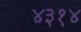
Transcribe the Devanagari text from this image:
४३१४